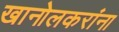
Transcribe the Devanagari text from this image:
खानोलकरांना